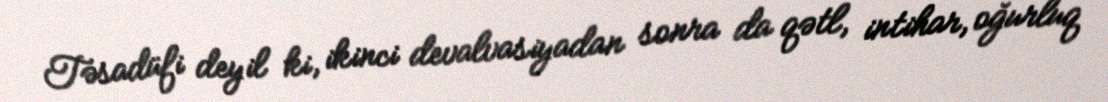
Təsadüfi deyil ki, ikinci devalvasiyadan sonra da qətl, intihar, oğurluq